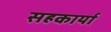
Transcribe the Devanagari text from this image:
सहकार्या